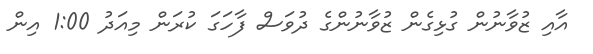
އާއި ޒުވާނުން ގުޅިގެން ޒުވާނުންގެ ދުވަސް ފާހަގަ ކުރަން މިއަދު 1:00 އިން